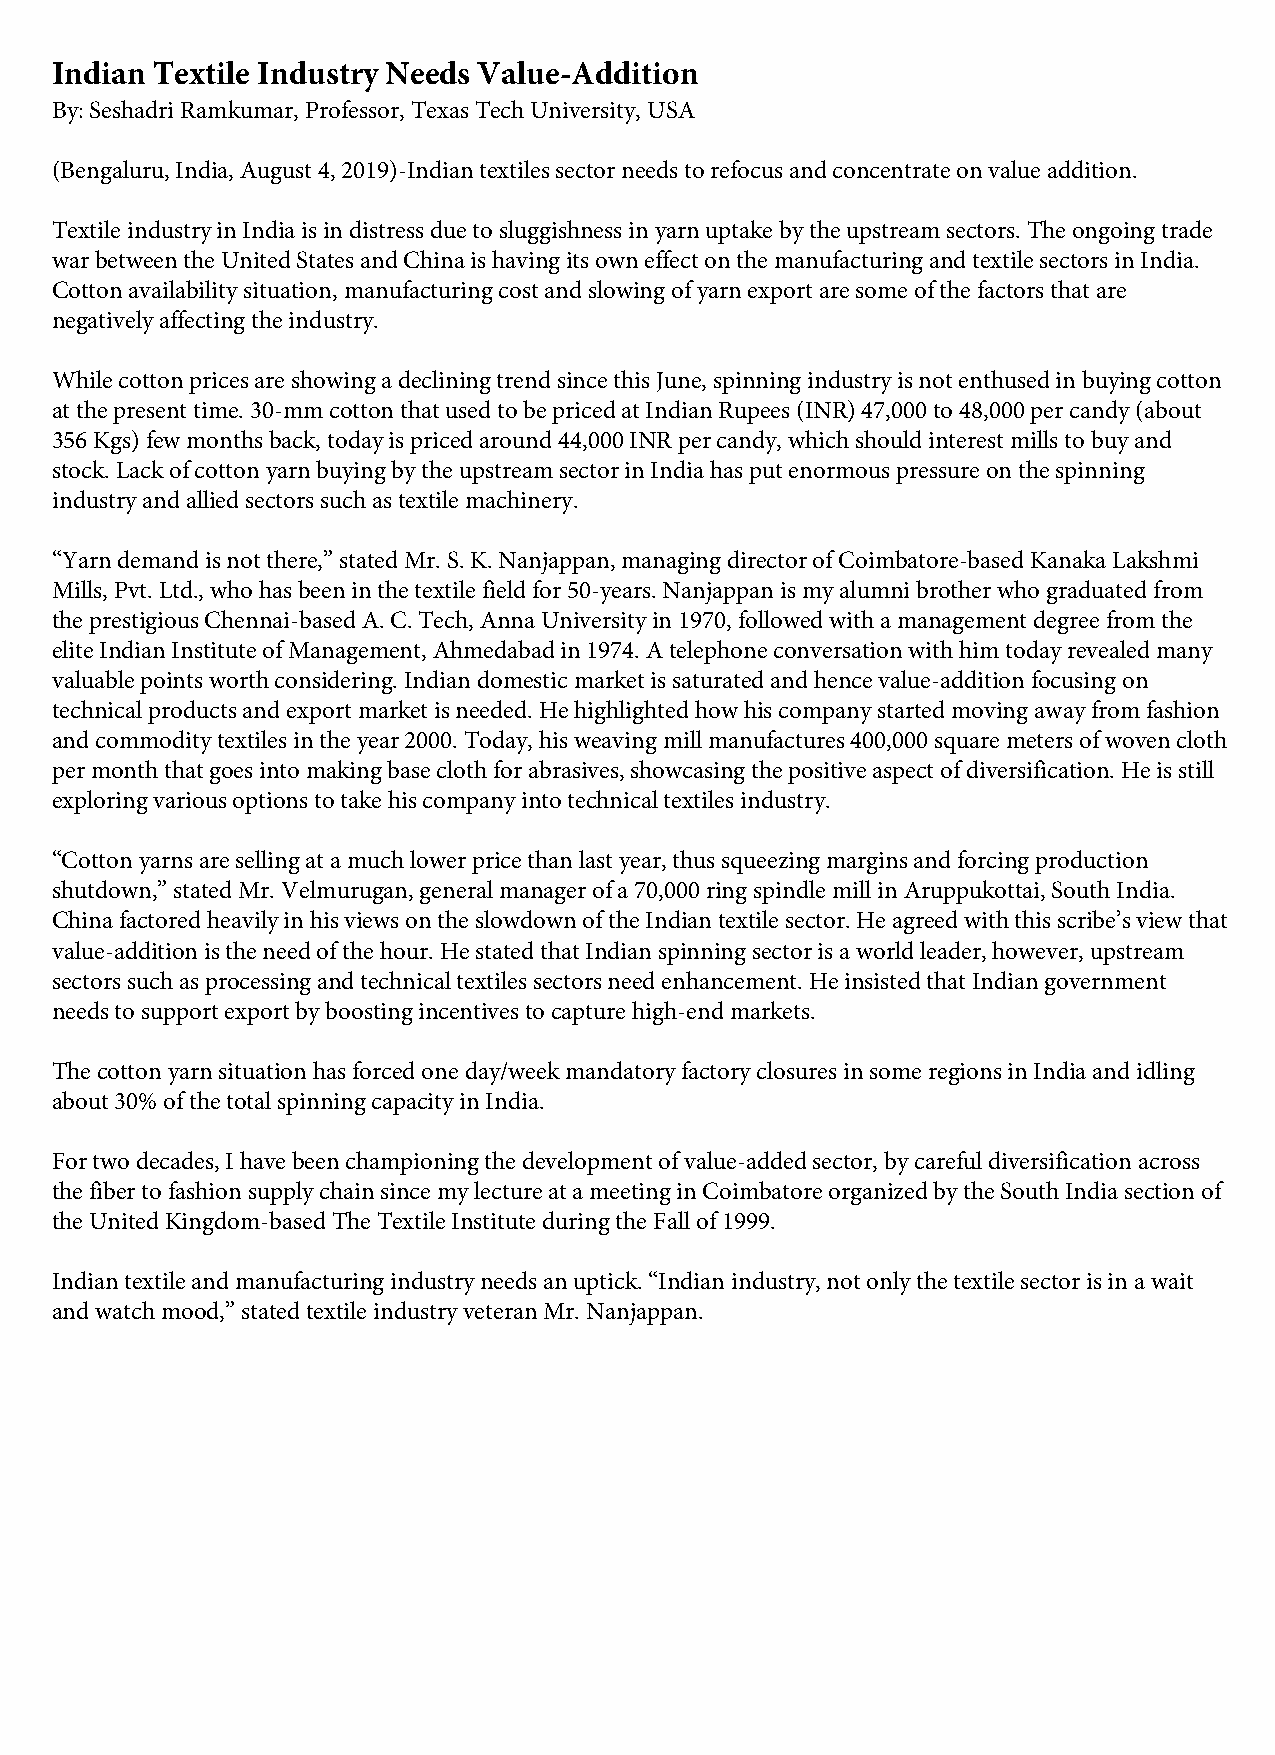
Indian Textile Industry Needs Value-Addition
 By: Seshadri Ramkumar, Professor, Texas Tech University, USA
 (Bengaluru, India, August 4, 2019)-Indian textiles sector needs to refocus and concentrate on value addition.
 Textile industry in India is in distress due to sluggishness in yarn uptake by the upstream sectors. The ongoing trade
 war between the United States and China is having its own effect on the manufacturing and textile sectors in India.
 Cotton availability situation, manufacturing cost and slowing of yarn export are some of the factors that are
 negatively affecting the industry.
 While cotton prices are showing a declining trend since this June, spinning industry is not enthused in buying cotton
 at the present time. 30-mm cotton that used to be priced at Indian Rupees (INR) 47,000 to 48,000 per candy (about
 356 Kgs) few months back, today is priced around 44,000 INR per candy, which should interest mills to buy and
 stock. Lack of cotton yarn buying by the upstream sector in India has put enormous pressure on the spinning
 industry and allied sectors such as textile machinery.
 “Yarn demand is not there,” stated Mr. S. K. Nanjappan, managing director of Coimbatore-based Kanaka Lakshmi
 Mills, Pvt. Ltd., who has been in the textile field for 50-years. Nanjappan is my alumni brother who graduated from
 the prestigious Chennai-based A. C. Tech, Anna University in 1970, followed with a management degree from the
 elite Indian Institute of Management, Ahmedabad in 1974. A telephone conversation with him today revealed many
 valuable points worth considering. Indian domestic market is saturated and hence value-addition focusing on
 technical products and export market is needed. He highlighted how his company started moving away from fashion
 and commodity textiles in the year 2000. Today, his weaving mill manufactures 400,000 square meters of woven cloth
 per month that goes into making base cloth for abrasives, showcasing the positive aspect of diversification. He is still
 exploring various options to take his company into technical textiles industry.
 “Cotton yarns are selling at a much lower price than last year, thus squeezing margins and forcing production
 shutdown,” stated Mr. Velmurugan, general manager of a 70,000 ring spindle mill in Aruppukottai, South India.
 China factored heavily in his views on the slowdown of the Indian textile sector. He agreed with this scribe’s view that
 value-addition is the need of the hour. He stated that Indian spinning sector is a world leader, however, upstream
 sectors such as processing and technical textiles sectors need enhancement. He insisted that Indian government
 needs to support export by boosting incentives to capture high-end markets.
 The cotton yarn situation has forced one day/week mandatory factory closures in some regions in India and idling
 about 30% of the total spinning capacity in India.
 For two decades, I have been championing the development of value-added sector, by careful diversification across
 the fiber to fashion supply chain since my lecture at a meeting in Coimbatore organized by the South India section of
 the United Kingdom-based The Textile Institute during the Fall of 1999.
 Indian textile and manufacturing industry needs an uptick. “Indian industry, not only the textile sector is in a wait
 and watch mood,” stated textile industry veteran Mr. Nanjappan.